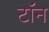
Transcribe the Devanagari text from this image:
टॉन